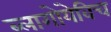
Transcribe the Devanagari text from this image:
ब्लागोयेविच